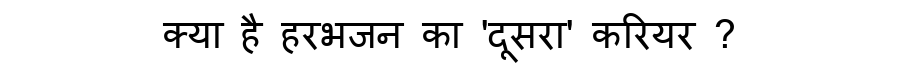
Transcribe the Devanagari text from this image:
क्या है हरभजन का 'दूसरा' करियर ?